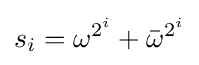
s_{i}=\omega ^{2^{i}}+{\bar {\omega }}^{2^{i}}